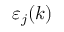
\varepsilon _ { j } ( k )